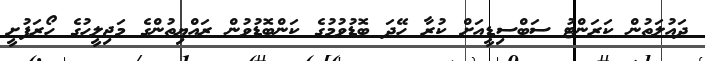
ދައުލަތުން ކަރަންޓު ސަބްސިޑީއަށް ކުރާ ހޭދަ ބޮޑުވުމުގެ ކަންބޮޑުވުން ރައްޔިތުންގެ މަޖިލީހުގެ ހޯރަފުށީ